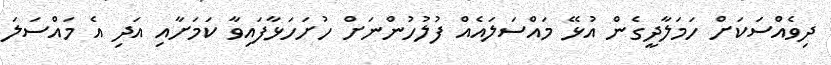
ދިވެއްސަކަށް ހަމަލާދީގެން އުޅޭ މައްސަލައެއް ފުލުހުންނަށް ހުށަހަޅާފައިވާ ކަމަށާއި އަދި އެ މައްސަލަ